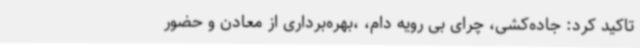
تاکید کرد: جاده‌کشی، ‌چرای بی رویه دام، ،بهره‌برداری از معادن و حضور